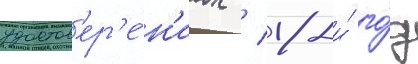
удостов'ер'е́н'иах / 18-и́ го́д